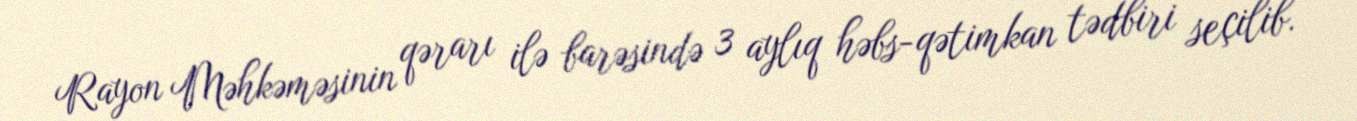
Rayon Məhkəməsinin qərarı ilə barəsində 3 aylıq həbs-qətimkan tədbiri seçilib.